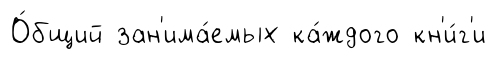
О́бщий зан'има́емых ка́ждого кн'и́г'и